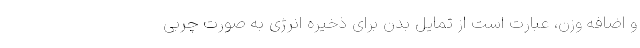
و اضافه وزن، عبارت است از تمایل بدن برای ذخیره انرژی به صورت چربی